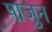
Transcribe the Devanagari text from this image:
पाजुन